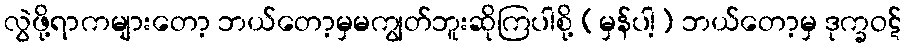
လွဲဖို့ရာကများတော့ ဘယ်တော့မှမကျွတ်ဘူးဆိုကြပါစို့ (မှန်ပါ့) ဘယ်တော့မှ ဒုက္ခဝဋ်